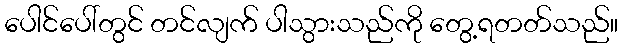
ပေါင်ပေါ်တွင် တင်လျက် ပါသွားသည်ကို တွေ့ရတတ်သည်။